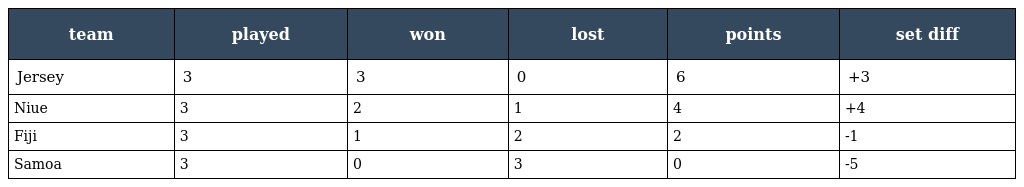
| team | played | won | lost | points | set diff |
 | --- | --- | --- | --- | --- | --- |
 | Jersey | 3 | 3 | 0 | 6 | +3 |
 | Niue | 3 | 2 | 1 | 4 | +4 |
 | Fiji | 3 | 1 | 2 | 2 | -1 |
 | Samoa | 3 | 0 | 3 | 0 | -5 |